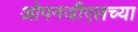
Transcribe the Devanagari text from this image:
ओपनजीएलच्या